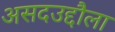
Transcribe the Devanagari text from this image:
असदउद्दौला